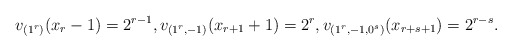
\begin{align*}v_{(1^r)}(x_r-1) = 2^{r-1},v_{(1^r,-1)}(x_{r+1}+1) = 2^{r},v_{(1^r,-1,0^s)}(x_{r+s+1}) = 2^{r-s}.\end{align*}